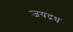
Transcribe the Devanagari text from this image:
जयद्रध